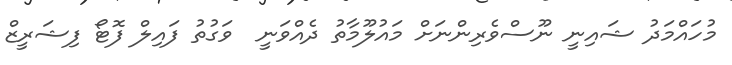
މުހައްމަދު ޝައިނީ ނޫސްވެރިންނަށް މައުލޫމާތު ދެއްވަނީ  ވަގުތު ފައިލް ފޮޓޯ ފިޝަރީޒް